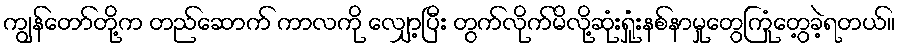
ကျွန်တော်တို့က တည်ဆောက် ကာလကို လျှော့ပြီး တွက်လိုက်မိလို့ဆုံးရှုံးနစ်နာမှုတွေကြုံတွေ့ခဲ့ရတယ်။